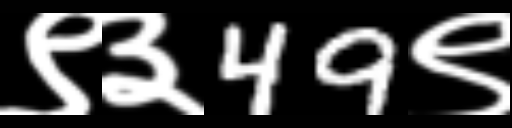
Text: ९३49९